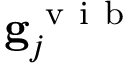
\mathbf { g } _ { j } ^ { \mathrm { ~ v ~ i ~ b ~ } }